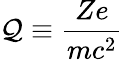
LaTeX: \mathcal{Q}\equiv\frac{{Ze}}{{mc^{2}}}